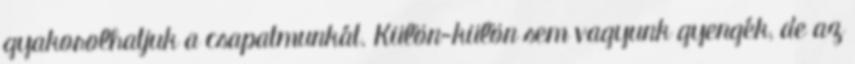
gyakorolhatjuk a csapatmunkát. Külön-külön sem vagyunk gyengék, de az